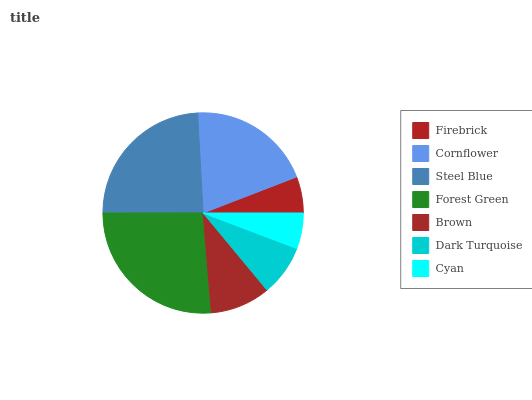
| Firebrick | Cornflower | Steel Blue | Forest Green | Brown | Dark Turquoise | Cyan |
 | --- | --- | --- | --- | --- | --- | --- |
 | 5.85% | 20% | 24.2% | 26.2% | 9.7% | 8.21% | 5.76% |